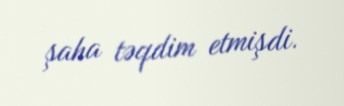
şaha təqdim etmişdi.